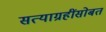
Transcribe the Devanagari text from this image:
सत्याग्रहींसोबत